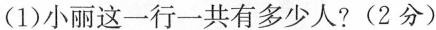
(1)小丽这一行一共有多少人?(2分)